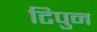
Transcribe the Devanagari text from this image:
टिपुन